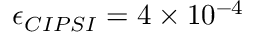
\epsilon _ { C I P S I } = 4 \times 1 0 ^ { - 4 }